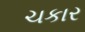
ચકાર